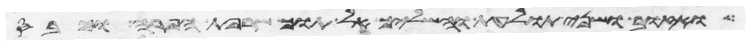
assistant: ואזוב ושני תולעת והשליך אל תוך שרפת הפרה וכבס